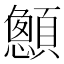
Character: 𮨞